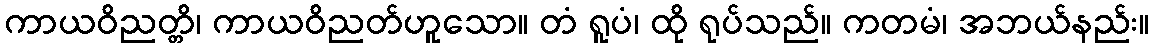
ကာယဝိညတ္တိ၊ ကာယဝိညတ်ဟူသော။ တံ ရူပံ၊ ထို ရုပ်သည်။ ကတမံ၊ အဘယ်နည်း။